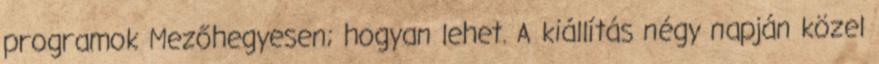
programok Mezőhegyesen; hogyan lehet. A kiállítás négy napján közel